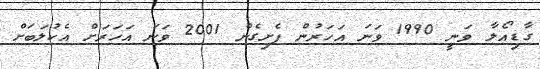
ގާޑިއޯލާ ވަނީ 1990 ވަނަ އަހަރުން ފެށިގެން 2001 ވަނަ އަހަރަށް އެކުލަބަށް